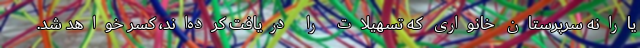
یارانه سرپرستان خانواری که تسهیلات را دریافت کرده‌اند، کسر خواهد شد.